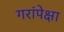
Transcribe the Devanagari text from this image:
गरांपेक्षा